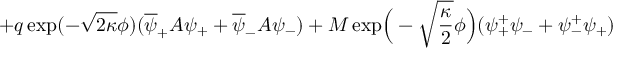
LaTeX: + q \exp ( - \sqrt { 2 \kappa } \phi ) ( \overline { { { \psi } } } _ { + } A \psi _ { + } + \overline { { { \psi } } } _ { - } A \psi _ { - } ) + M \exp \! \Big ( - \sqrt { \frac { \kappa } { 2 } } \phi \Big ) ( \psi _ { + } ^ { + } \psi _ { - } + \psi _ { - } ^ { + } \psi _ { + } )